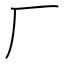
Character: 厂